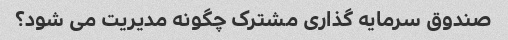
صندوق سرمایه گذاری مشترک چگونه مدیریت می شود؟